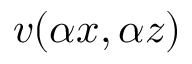
v ( \alpha x , \alpha z )